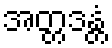
အတ္တဒန္တံ